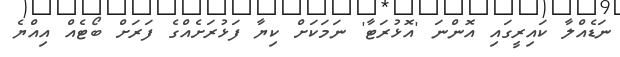
ނަޑެއްލާ ކައިރީގައި އޮންނަ 'އޮޅުރަޓާ' ނަމަކަށް ކިޔާ ފަޅުރަށެއްގެ ފަރަށް ބޯޓެއް އިއްޔެ